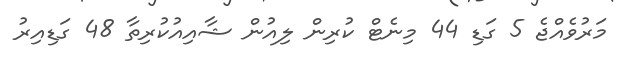
މަރުވެއްޖެ 5 ގަޑި 44 މިނެޓް ކުރިން ލިއުން ޝާއިއުކުރިތާ 48 ގަޑިއިރު